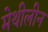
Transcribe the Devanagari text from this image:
मेथीलीन